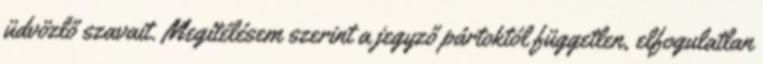
üdvözlő szavait. Megítélésem szerint a jegyző pártoktól független, elfogulatlan